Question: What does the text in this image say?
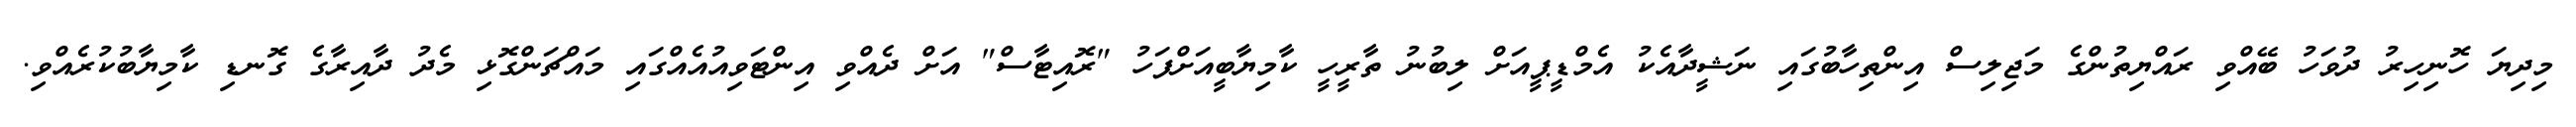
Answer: މިދިޔަ ހޮނިހިރު ދުވަހު ބޭއްވި ރައްޔިތުންގެ މަޖިލިސް އިންތިހާބުގައި ނަޝީދާއެކު އެމްޑީޕީއަށް ލިބުނު ތާރީހީ ކާމިޔާބީއަށްފަހު "ރޮއިޓާސް" އަށް ދެއްވި އިންޓަވިއުއެއްގައި މައްޗަންގޮޅި މެދު ދާއިރާގެ ގޮނޑި ކާމިޔާބުކުރެއްވި.